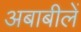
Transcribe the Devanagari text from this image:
अबाबीलें